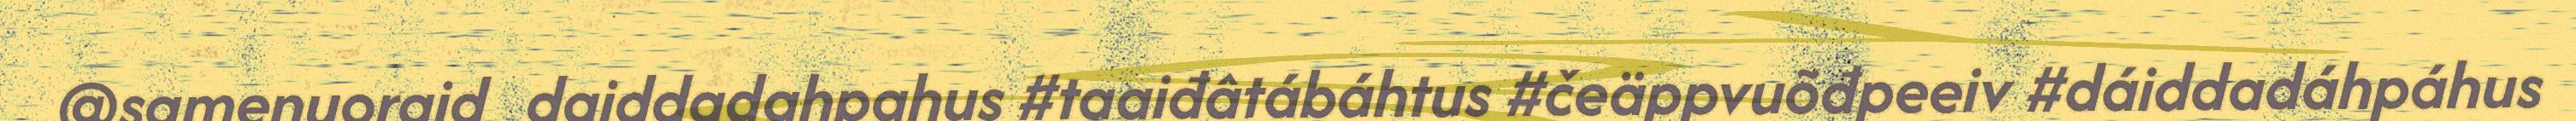
@samenuoraid_daiddadahpahus #taaiđâtábáhtus #čeäppvuõđpeeiv #dáiddadáhpáhus